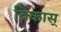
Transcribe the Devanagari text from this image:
विकास्